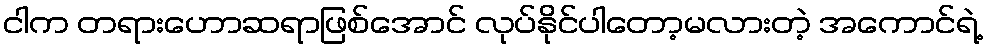
ငါက တရားဟောဆရာဖြစ်အောင် လုပ်နိုင်ပါတော့မလားတဲ့ အကောင်ရဲ့